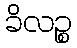
ခိလဉ္စ